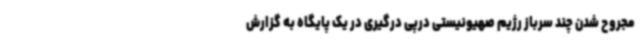
مجروح شدن چند سرباز رژیم صهیونیستی درپی درگیری در یک پایگاه به گزارش